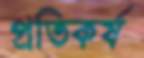
প্রতিকর্ষ